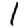
Digit: 1